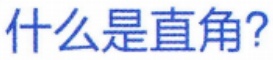
什么是直角?